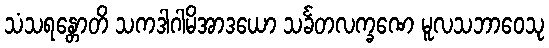
သံသရန္တောတိ သကဒါဂါမိအာဒယော သင်္ခတလက္ခဏေ မူလသဘာဝေသု